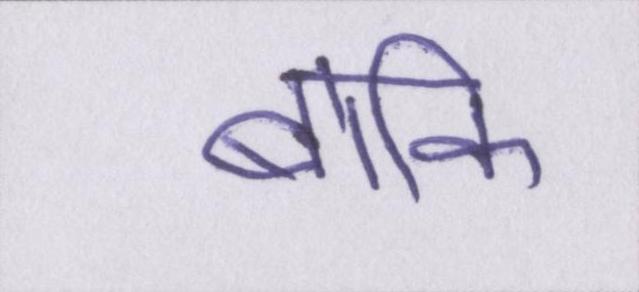
बाकि